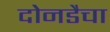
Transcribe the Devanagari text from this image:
दोनडैचा